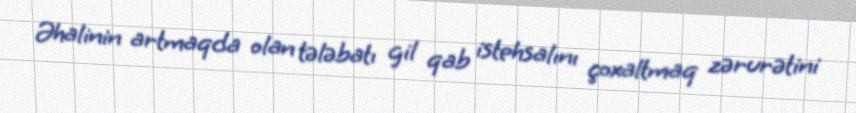
Əhalinin artmaqda olan tələbatı gil qab istehsalını çoxaltmaq zərurətini